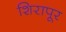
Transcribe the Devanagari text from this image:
शिरापूर